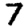
Digit: 7